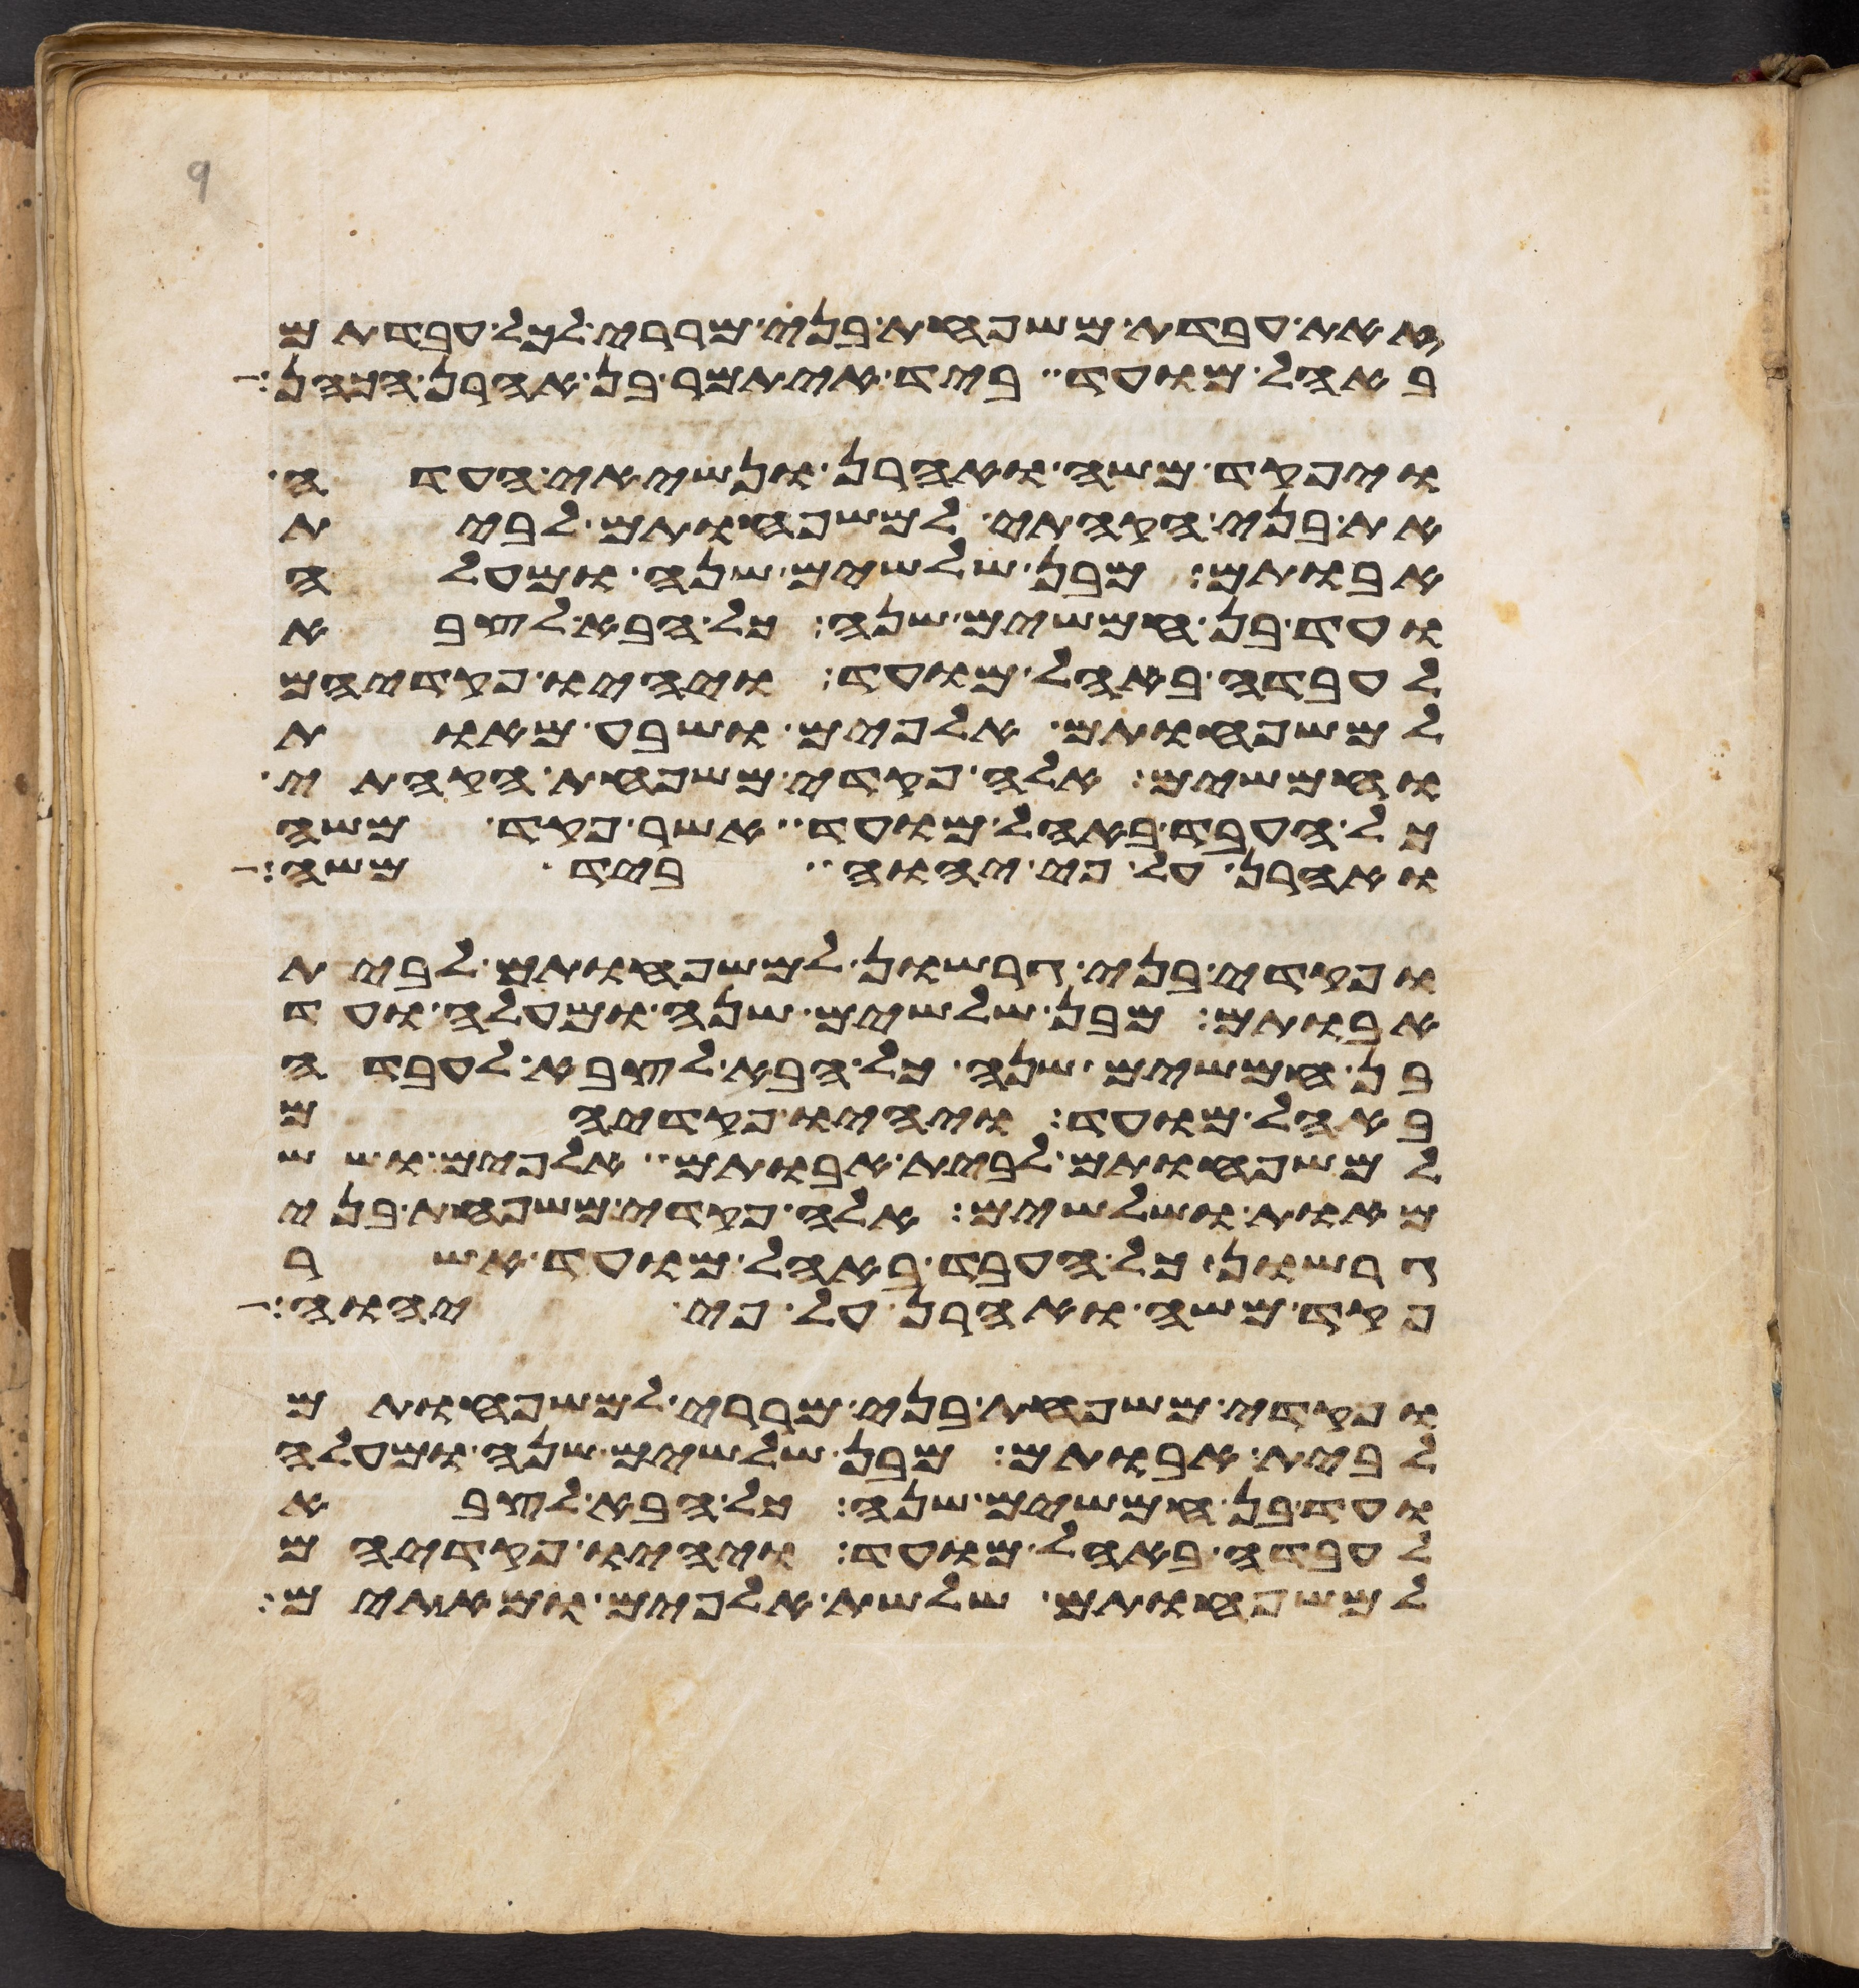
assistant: זאת עבדת משפחת בני מררי לכל עבדתם
באהל מועד ביד איתמר בן אהרן הכהן
ויפקד משה ואהרן ונשיאי העדה
את בני הקהתי למשפחותם לבית
אבותם מבן שלשים שנה ומעלה
ועד בן חמשים שנה כל הבא לצבא
לעבדה באהל מועד ויהיו פקדיהם
למשפחותם אלפים ושבע מאות
וחמשים אלה פקדי משפחת הקהתי
כל העבד באהל מועד אשר פקד משה
ואהרן על פי יהוה ביד משה
ופקדי בני גרשון למשפחותם לבית
אבותם מבן שלשים שנה ומעלה ועד
בן חמשים שנה כל הבא לצבא לעבדה
באהל מועד ויהיו פקדיהם
למשפחותם לבית אבותם אלפים ושש
מאות ושלשים אלה פקדי משפחת בני
גרשון כל העבד באהל מועד אשר
פקד משה ואהרן על פי יהוה
ופקדי משפחת בני מררי למשפחותם
לבית אבותם מבן שלשים שנה ומעלה
ועד בן חמשים שנה כל הבא לצבא
לעבדה באהל מועד ויהיו פקדיהם
למשפחותם שלשת אלפים ומאתים